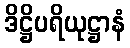
ဒိဋ္ဌိပရိယုဋ္ဌာနံ